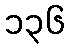
၁၃၆